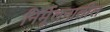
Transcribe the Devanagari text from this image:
निर्मूलनातील